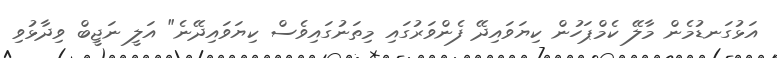
އަޅުގަނޑުމެން މާލޭ ކެމްޕަހުން ކިޔަވައިދޭ ފެންވަރުގައި މިތަނުގައިވެސް ކިޔަވައިދޭނެ" އަލީ ނަޖީބް ވިދާޅުވި